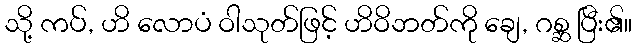
သို့ ကပ်, ဟိ လောပံ ဝါသုတ်ဖြင့် ဟိဝိဘတ်ကို ချေ, ဂစ္ဆ ပြီး၏။